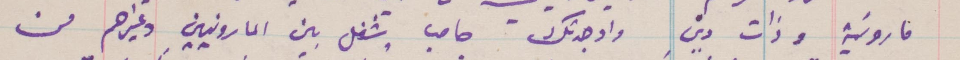
مارونية وذات دين واوجدتك حاجب وشغل بين المارونيين وغيرهم من